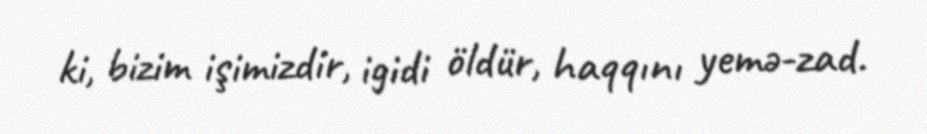
ki, bizim işimizdir, igidi öldür, haqqını yemə-zad.